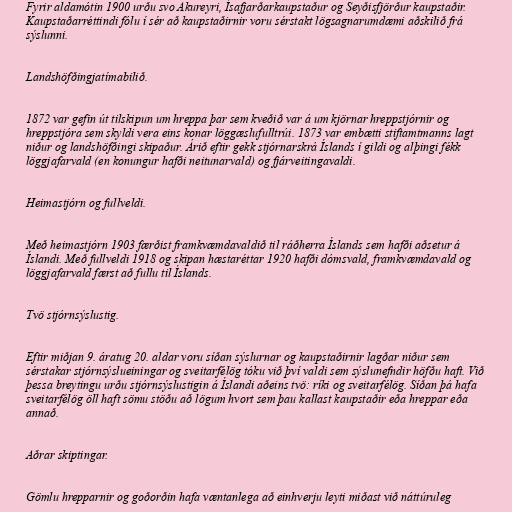
Fyrir aldamótin 1900 urðu svo Akureyri, Ísafjarðarkaupstaður og Seyðisfjörður kaupstaðir.
Kaupstaðarréttindi fólu í sér að kaupstaðirnir voru sérstakt lögsagnarumdæmi aðskilið frá
sýslunni.

Landshöfðingjatímabilið.

1872 var gefin út tilskipun um hreppa þar sem kveðið var á um kjörnar hreppstjórnir og
hreppstjóra sem skyldi vera eins konar löggæslufulltrúi. 1873 var embætti stiftamtmanns lagt
niður og landshöfðingi skipaður. Árið eftir gekk stjórnarskrá Íslands í gildi og alþingi fékk
löggjafarvald (en konungur hafði neitunarvald) og fjárveitingavaldi.

Heimastjórn og fullveldi.

Með heimastjórn 1903 færðist framkvæmdavaldið til ráðherra Íslands sem hafði aðsetur á
Íslandi. Með fullveldi 1918 og skipan hæstaréttar 1920 hafði dómsvald, framkvæmdavald og
löggjafarvald færst að fullu til Íslands.

Tvö stjórnsýslustig.

Eftir miðjan 9. áratug 20. aldar voru síðan sýslurnar og kaupstaðirnir lagðar niður sem
sérstakar stjórnsýslueiningar og sveitarfélög tóku við því valdi sem sýslunefndir höfðu haft. Við
þessa breytingu urðu stjórnsýslustigin á Íslandi aðeins tvö: ríki og sveitarfélög. Síðan þá hafa
sveitarfélög öll haft sömu stöðu að lögum hvort sem þau kallast kaupstaðir eða hreppar eða
annað.

Aðrar skiptingar.

Gömlu hrepparnir og goðorðin hafa væntanlega að einhverju leyti miðast við náttúruleg